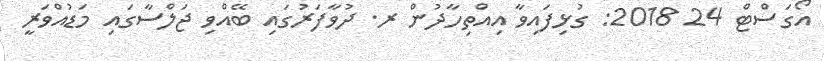
އޯގަސްޓް 24 2018: ގުޅިފައިވާ އިއްތިހާދުން ރ. ދުވާފަރުގައި ބޭއްވި ޖަލްސާގައި މަޑުއްވަރީ